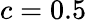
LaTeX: c=0.5